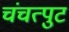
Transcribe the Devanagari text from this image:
चंचत्पुट